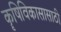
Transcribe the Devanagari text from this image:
कॄषिविकासासाठी